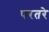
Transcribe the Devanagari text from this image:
परतरे